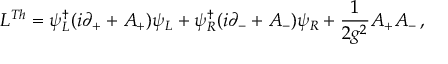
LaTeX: { \cal L } ^ { T h } = \psi _ { L } ^ { \dagger } ( i \partial _ { + } + A _ { + } ) \psi _ { L } + \psi _ { R } ^ { \dagger } ( i \partial _ { - } + A _ { - } ) \psi _ { R } + { \frac { 1 } { 2 g ^ { 2 } } } A _ { + } A _ { - } \, ,